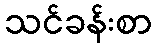
သင်ခန်းစာ